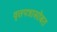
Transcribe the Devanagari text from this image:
वृत्तपत्रासोबत